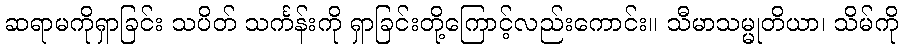
ဆရာမကိုရှာခြင်း သပိတ် သင်္ကန်းကို ရှာခြင်းတို့ကြောင့်လည်းကောင်း။ သီမာသမ္မုတိယာ၊ သိမ်ကို